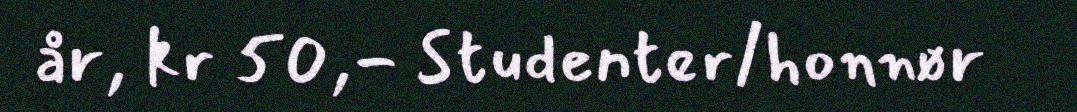
år, kr 50,- Studenter/honnør